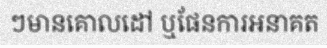
ៗមានគោលដៅ ឬផែនការអនាគត